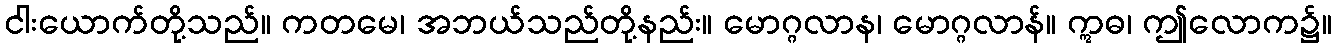
ငါးယောက်တို့သည်။ ကတမေ၊ အဘယ်သည်တို့နည်း။ မောဂ္ဂလာန၊ မောဂ္ဂလာန်။ ဣဓ၊ ဤလောက၌။